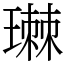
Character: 㻷